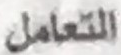
التعامل